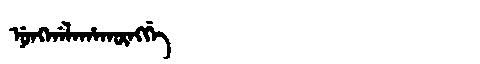
Manchu: ᠨᡠᠩᡤᠠᠯᠠᡥᠠᡴᡡᠩᡤᡝ
Romanization: NUNGGALAHAKŪNGGE